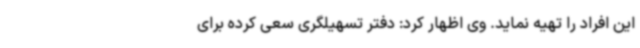
این افراد را تهیه نماید. وی اظهار کرد: دفتر تسهیلگری سعی کرده برای